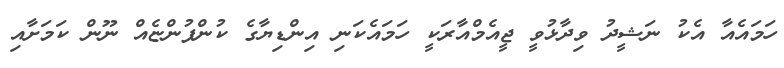
ހަމައެއާ އެކު ނަޝީދު ވިދާޅުވީ ޖީއެމްއާރަކީ ހަމައެކަނި އިންޑިޔާގެ ކުންފުންޏެއް ނޫން ކަމަށާއި